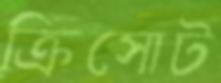
ক্রিসোট